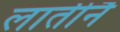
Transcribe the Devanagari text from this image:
लातीनै